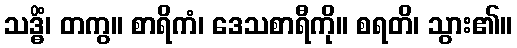
သဒ္ဓိံ၊ တကွ။ စာရိကံ၊ ဒေသစာရီကို။ စရတိ၊ သွား၏။